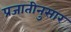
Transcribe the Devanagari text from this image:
प्रजातीनुसार